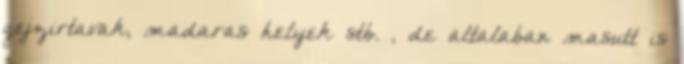
gejzirtavak, madaras helyek stb. , de altalaban masutt is